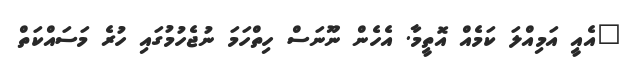
"އެއީ އަމިއްލަ ކަމެއް އޮތީމާ. އެހެން ނޫނަސް ހިތްހަމަ ނުޖެހުމުގައި ހުރެ މަސައްކަތް